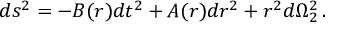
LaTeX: d s ^ { 2 } = - B ( r ) d t ^ { 2 } + A ( r ) d r ^ { 2 } + r ^ { 2 } d \Omega _ { 2 } ^ { 2 } \, .